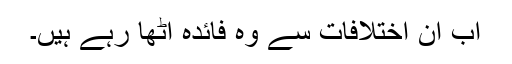
اب ان اختلافات سے وہ فائدہ اُٹھا رہے ہیں۔